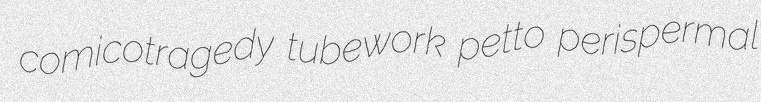
comicotragedy tubework petto perispermal